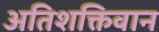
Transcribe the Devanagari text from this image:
अतिशक्तिवान